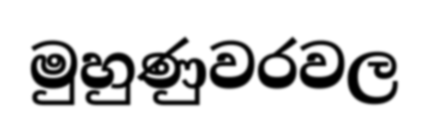
මුහුණුවරවල